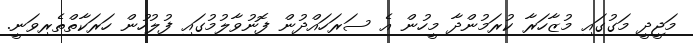
މަޖީދީ މަގުގައި މުޒާހަރާ ކުރަމުންދާ މީހުން އެ ސަރަހައްދުން ފޮނުވާލުމުގައި ފުލުހުން ހަރަކާތްތެރިވަނީ.